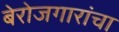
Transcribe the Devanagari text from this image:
बेरोजगारांचा